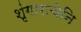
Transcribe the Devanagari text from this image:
शृंगाराचेनि